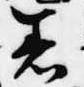
着